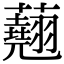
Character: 𧄍